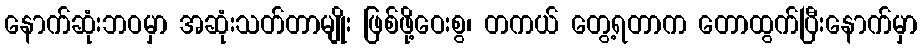
နောက်ဆုံးဘဝမှာ အဆုံးသတ်တာမျိုး ဖြစ်ဖို့ဝေးစွ၊ တကယ် တွေ့ရတာက တောထွက်ပြီးနောက်မှာ